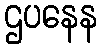
ဌပနေန